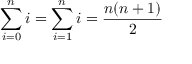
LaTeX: \sum _ { i = 0 } ^ { n } i = \sum _ { i = 1 } ^ { n } i = { \frac { n ( n + 1 ) } { 2 } } \qquad